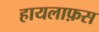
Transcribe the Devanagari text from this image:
हायलाफ़स